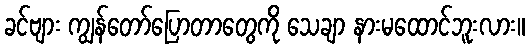
ခင်ဗျား ကျွန်တော်ပြောတာတွေကို သေချာ နားမထောင်ဘူးလား။